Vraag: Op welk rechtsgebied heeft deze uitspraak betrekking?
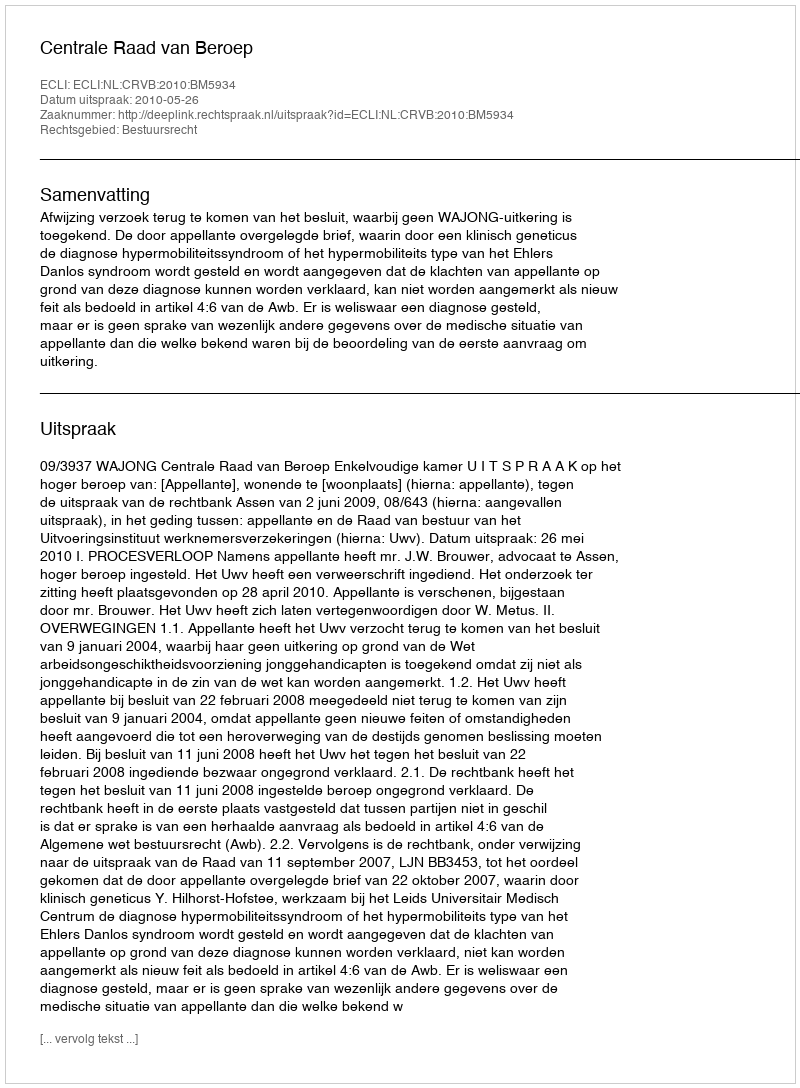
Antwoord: Bestuursrecht